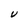
Character: U